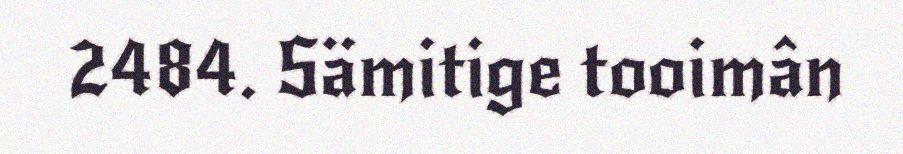
2484. Sämitige tooimân